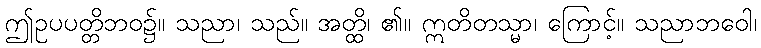
ဤဥပပတ္တိဘဝ၌။ သညာ၊ သည်။ အတ္ထိ၊ ၏။ ဣတိတသ္မာ၊ ကြောင့်။ သညာဘဝေါ၊